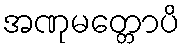
အဏုမတ္တောပိ